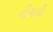
નીચલી